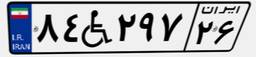
۸۴W۲۹۷۲۶